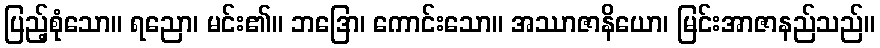
ပြည့်စုံသော။ ရညော၊ မင်း၏။ ဘဒြော၊ ကောင်းသော။ အဿာဇာနိယော၊ မြင်းအာဇာနည်သည်။